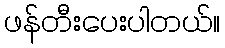
ဖန်တီးပေးပါတယ်။